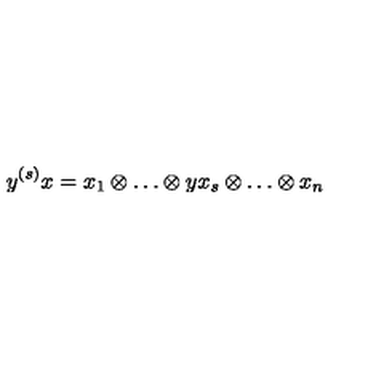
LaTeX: y ^ { ( s ) } x = x _ { 1 } \otimes \ldots \otimes y x _ { s } \otimes \ldots \otimes x _ { n }